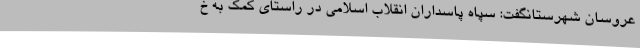
عروسان شهرستانگفت: سپاه پاسداران انقلاب اسلامی در راستای کمک به خ